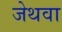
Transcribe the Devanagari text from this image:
जेथवा